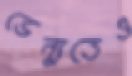
ভেন্যুতেও